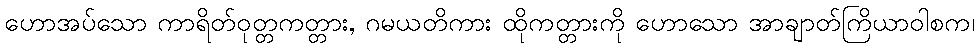
ဟောအပ်သော ကာရိတ်ဝုတ္တကတ္တား, ဂမယတိကား ထိုကတ္တားကို ဟောသော အာချာတ်ကြိယာဝါစက၊